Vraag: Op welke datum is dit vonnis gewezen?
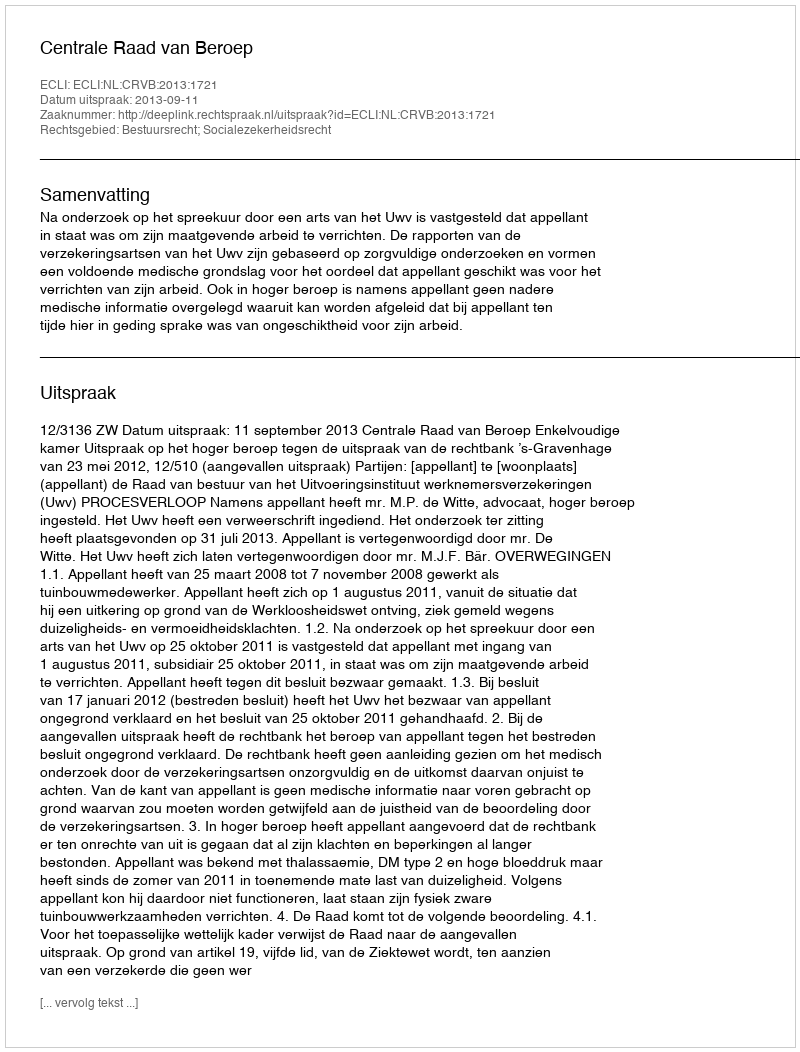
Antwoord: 2013-09-11